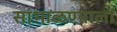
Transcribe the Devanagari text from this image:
सांभाळण्याला